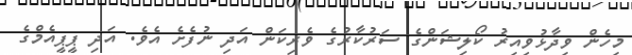
މިހެން ވިދާޅުވިއިރު ކޯލިޝަންގެ ސަރުކާރުގެ ވެރިކަން އަދި ނުފެށެ އެވެ. އަދި ޕީޕީއެމްގެ